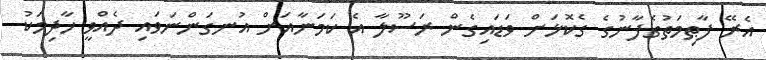
އެރޭ ފާޠިމަތުގެފާނުގެ ގެކޮޅަށް ވަޑައިގެން ރަސޫލާ އެ ކަމަނާއަށް އުނގަންނަވައި ދެއްވީ ޚާދިމަކު